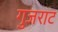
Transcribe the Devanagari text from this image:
गुजराट